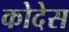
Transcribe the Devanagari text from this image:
कोदेस